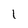
Character: 1